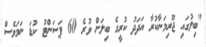
"ބިލުގައި ޖޫރިމަނާކުރާ އަދަދު ކުރީގެ ބިލަށް ވުރެ 60 ޕަސަންޓު ކުޑަ ނަމަވެސް